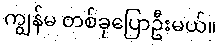
ကျွန်မ တစ်ခုပြောဦးမယ်။